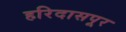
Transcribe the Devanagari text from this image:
हरिदासपूर